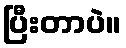
ပြီးတာပဲ။